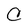
Character: C